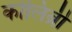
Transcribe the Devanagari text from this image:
कोलिब्री